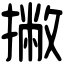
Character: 撇